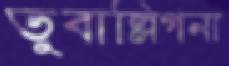
তুবাল্লিগনা